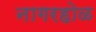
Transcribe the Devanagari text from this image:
नागरहोळ